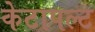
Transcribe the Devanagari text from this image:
केटापल्ट